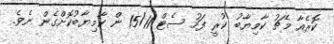
ކޮރެއާ މެޗު ކާމިޔާބު ކުރީ ފަހު ސެޓް 15/11 ން ކާމިޔާބުކޮށްގެން ނެވެ.